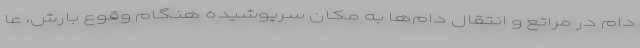
دام در مراتع و انتقال دام‌ها به مکان سرپوشیده هنگام وقوع بارش، عا